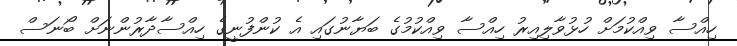
ހިއްސާ ވިއްކުމަށް ހުޅުވާލިއިރު ހިއްސާ ވިއްކުމުގެ ބަޔާނުގައި އެ ކުންފުނީގެ ހިއްސާދާރުންނަށް ބޯނަސް